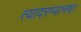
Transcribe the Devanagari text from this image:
त्यादरम्यानचा